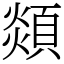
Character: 顃